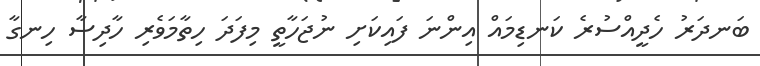
ބަނދަރު ހެދީއްސުރެ ކަނޑިމައް އިންނަ ފައިކަށި ނުޖަހާތީ މިފަދަ ހިތާމަވެރި ހާދިސާ ހިނގާ